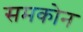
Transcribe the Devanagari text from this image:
समकोन